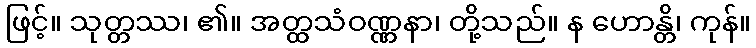
ဖြင့်။ သုတ္တဿ၊ ၏။ အတ္ထသံဝဏ္ဏနာ၊ တို့သည်။ န ဟောန္တိ၊ ကုန်။